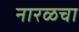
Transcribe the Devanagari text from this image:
नारळचा